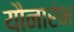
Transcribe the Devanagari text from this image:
यौनारंभ